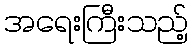
အရေးကြီးသည့်